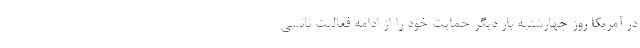
در آمریکا روز چهارشنبه بار دیگر حمایت خود را از ادامه فعالیت نانسی